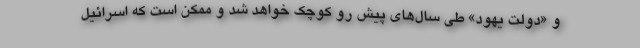
و «دولت یهود» طی سال‌های پیش رو کوچک خواهد شد و ممکن است که اسرائیل